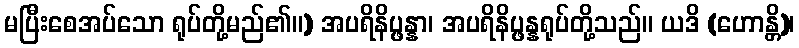
မပြီးစေအပ်သော ရုပ်တို့မည်၏။) အပရိနိပ္ဖန္နာ၊ အပရိနိပ္ဖန္နရုပ်တို့သည်။ ယဒိ (ဟောန္တိ)၊